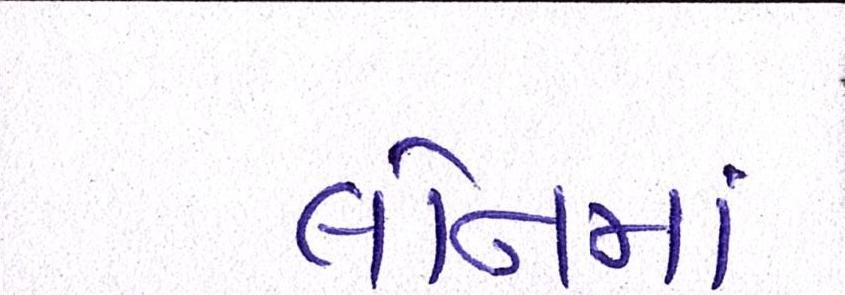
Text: લોનમાં